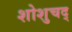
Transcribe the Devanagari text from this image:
शोशुचद्